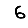
Digit: 6